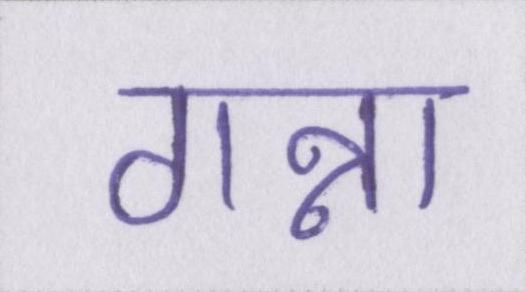
गन्ना